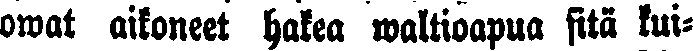
owat aikoneet hakea waltioapua sitä kui-